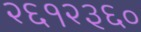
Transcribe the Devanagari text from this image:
२६१२३६०